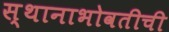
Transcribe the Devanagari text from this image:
स्थानाभोवतीची